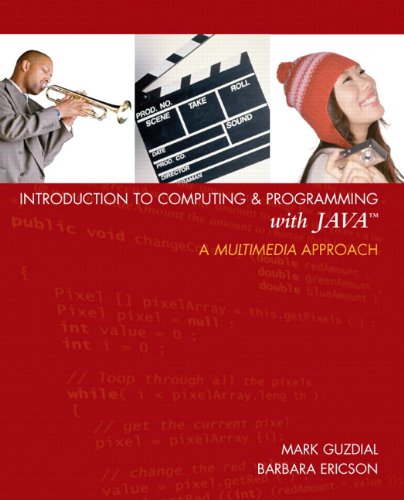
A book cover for Introduction to Computing and Programming with Java: A Multimedia Approach; Mark J. Guzdial; Computers & Technology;